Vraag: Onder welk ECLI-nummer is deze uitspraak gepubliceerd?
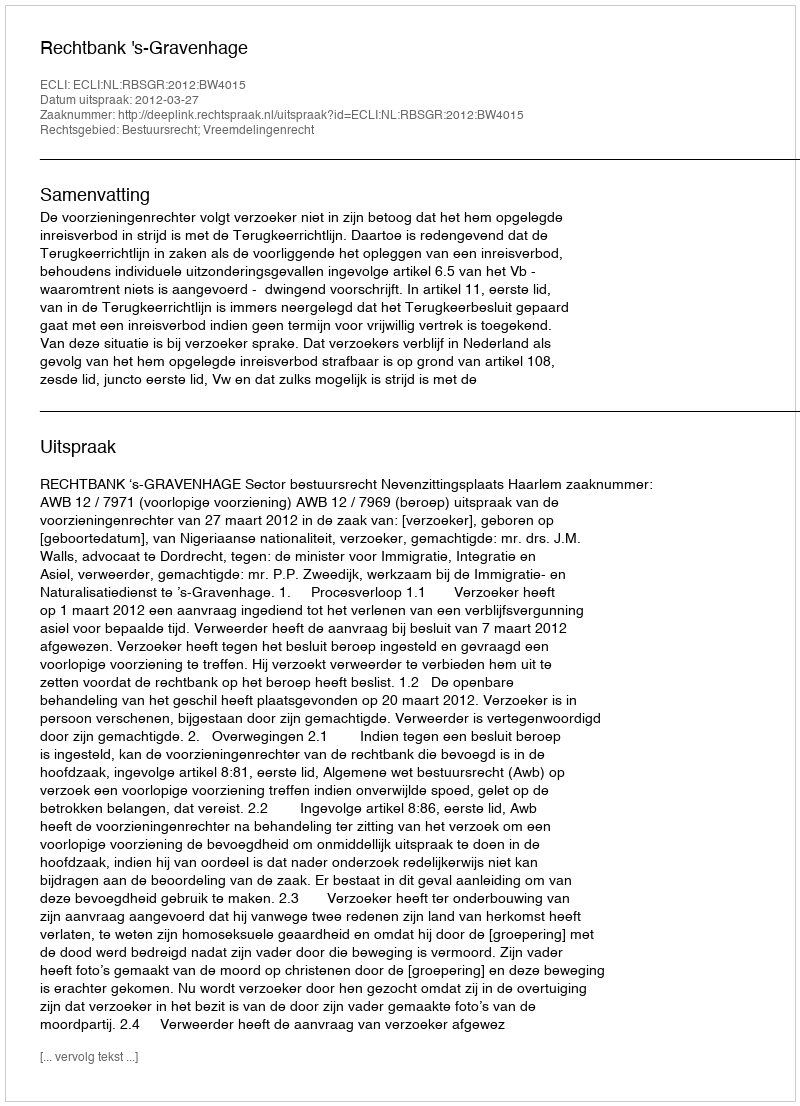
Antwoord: ECLI:NL:RBSGR:2012:BW4015